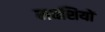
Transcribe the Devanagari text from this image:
मवशियों